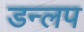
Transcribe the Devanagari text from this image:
डन्लप